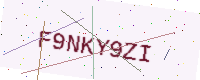
Text: F9NKY9ZI